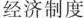
经济制度